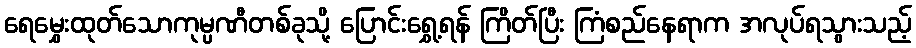
ရေမွှေးထုတ်သောကုမ္ပဏီတစ်ခုသို့ ပြောင်းရွှေ့ရန် ကြိတ်ပြီး ကြံစည်နေရာက အလုပ်ရသွားသည့်